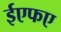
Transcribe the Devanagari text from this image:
ईएफए